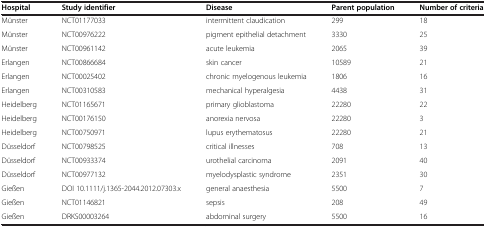
<table><thead><tr><td><b>Hospital</b></td><td><b>Study identifier</b></td><td><b>Disease</b></td><td><b>Parent population</b></td><td><b>Number of criteria</b></td></tr></thead><tbody><tr><td>Münster</td><td>NCT01177033</td><td>intermittent claudication</td><td>299</td><td>18</td></tr><tr><td>Münster</td><td>NCT00976222</td><td>pigment epithelial detachment</td><td>3330</td><td>25</td></tr><tr><td>Münster</td><td>NCT00961142</td><td>acute leukemia</td><td>2065</td><td>39</td></tr><tr><td>Erlangen</td><td>NCT00866684</td><td>skin cancer</td><td>10589</td><td>21</td></tr><tr><td>Erlangen</td><td>NCT00025402</td><td>chronic myelogenous leukemia</td><td>1806</td><td>16</td></tr><tr><td>Erlangen</td><td>NCT00310583</td><td>mechanical hyperalgesia</td><td>4438</td><td>31</td></tr><tr><td>Heidelberg</td><td>NCT01165671</td><td>primary glioblastoma</td><td>22280</td><td>22</td></tr><tr><td>Heidelberg</td><td>NCT00176150</td><td>anorexia nervosa</td><td>22280</td><td>3</td></tr><tr><td>Heidelberg</td><td>NCT00750971</td><td>lupus erythematosus</td><td>22280</td><td>21</td></tr><tr><td>Düsseldorf</td><td>NCT00798525</td><td>critical illnesses</td><td>708</td><td>13</td></tr><tr><td>Düsseldorf</td><td>NCT00933374</td><td>urothelial carcinoma</td><td>2091</td><td>40</td></tr><tr><td>Düsseldorf</td><td>NCT00977132</td><td>myelodysplastic syndrome</td><td>2351</td><td>30</td></tr><tr><td>Gießen</td><td>DOI 10.1111/j.1365-2044.2012.07303.x</td><td>general anaesthesia</td><td>5500</td><td>7</td></tr><tr><td>Gießen</td><td>NCT01146821</td><td>sepsis</td><td>208</td><td>49</td></tr><tr><td>Gießen</td><td>DRKS00003264</td><td>abdominal surgery</td><td>5500</td><td>16</td></tr></tbody></table>